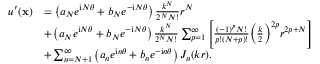
\begin{array} { r l } { u ^ { \prime } ( \mathbf { x } ) } & { = \left( { a _ { N } } { e ^ { \mathrm i N \theta } } + { b _ { N } } { e ^ { - \mathrm i N \theta } } \right) { \frac { { k ^ { N } } } { { 2 ^ { N } } N ! } } { r ^ { N } } } \\ & { + \left( { a _ { N } } { e ^ { \mathrm i N \theta } } + { b _ { N } } { e ^ { - \mathrm i N \theta } } \right) { \frac { { k ^ { N } } } { { 2 ^ { N } } N ! } } \sum _ { p = 1 } ^ { \infty } { \left[ { { \frac { { { ( - 1 ) } ^ { p } } N ! } { p ! ( N + p ) ! } } { { \left( { { \frac { k } { 2 } } } \right) } ^ { 2 p } } { r ^ { 2 p + N } } } \right] } } \\ & { + \sum _ { n = N + 1 } ^ { \infty } { \left( { a _ { n } } { e ^ { \mathrm i n \theta } } + { b _ { n } } { e ^ { - \mathrm i n \theta } } \right) { J _ { n } } ( k r ) } . } \end{array}